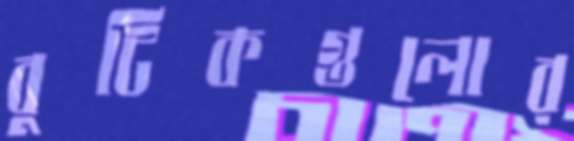
বুটিকগুলোর